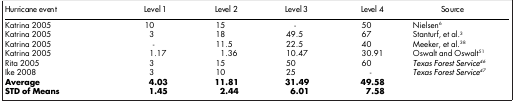
<table><thead><tr><td><b>Hurricane event</b></td><td><b>Level 1</b></td><td><b>Level 2</b></td><td><b>Level 3</b></td><td><b>Level 4</b></td><td><b>Source</b></td></tr></thead><tbody><tr><td>Katrina 2005</td><td>10</td><td>15</td><td>-</td><td>50</td><td>Nielsen6</td></tr><tr><td>Katrina 2005</td><td>3</td><td>18</td><td>49.5</td><td>67</td><td>Stanturf, et al.3</td></tr><tr><td>Katrina 2005</td><td>-</td><td>11.5</td><td>22.5</td><td>40</td><td>Meeker, et al.38</td></tr><tr><td>Katrina 2005</td><td>1.17</td><td>1.36</td><td>10.47</td><td>30.91</td><td>Oswalt and Oswalt51</td></tr><tr><td>Rita 2005</td><td>3</td><td>15</td><td>50</td><td>60</td><td><i>Texas Forest Service</i>46</td></tr><tr><td>Ike 2008</td><td>3</td><td>10</td><td>25</td><td>-</td><td><i>Texas Forest Service</i>47</td></tr><tr><td><b>Average</b></td><td><b>4.03</b></td><td><b>11.81</b></td><td><b>31.49</b></td><td><b>49.58</b></td><td> </td></tr><tr><td><b>STD of Means</b></td><td><b>1.45</b></td><td><b>2.44</b></td><td><b>6.01</b></td><td><b>7.58</b></td><td> </td></tr></tbody></table>